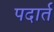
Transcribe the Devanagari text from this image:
पदार्त